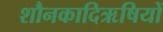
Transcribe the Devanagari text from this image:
शौनकादिऋषियों